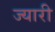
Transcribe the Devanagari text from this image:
ज्यारी